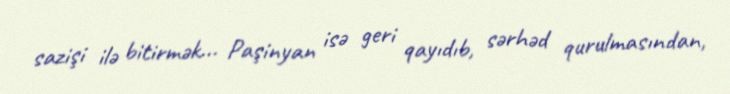
sazişi ilə bitirmək... Paşinyan isə geri qayıdıb, sərhəd qurulmasından,